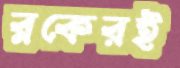
ব্লকেরই